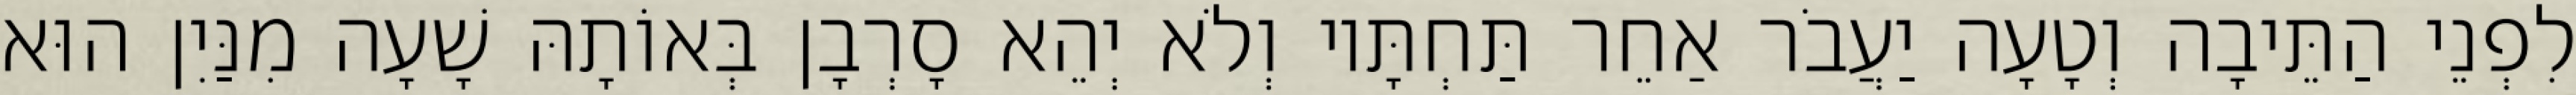
לִפְנֵי הַתֵּיבָה וְטָעָה יַעֲבֹר אַחֵר תַּחְתָּיו וְלֹא יְהֵא סָרְבָן בְּאוֹתָהּ שָׁעָה מִנַּיִן הוּא